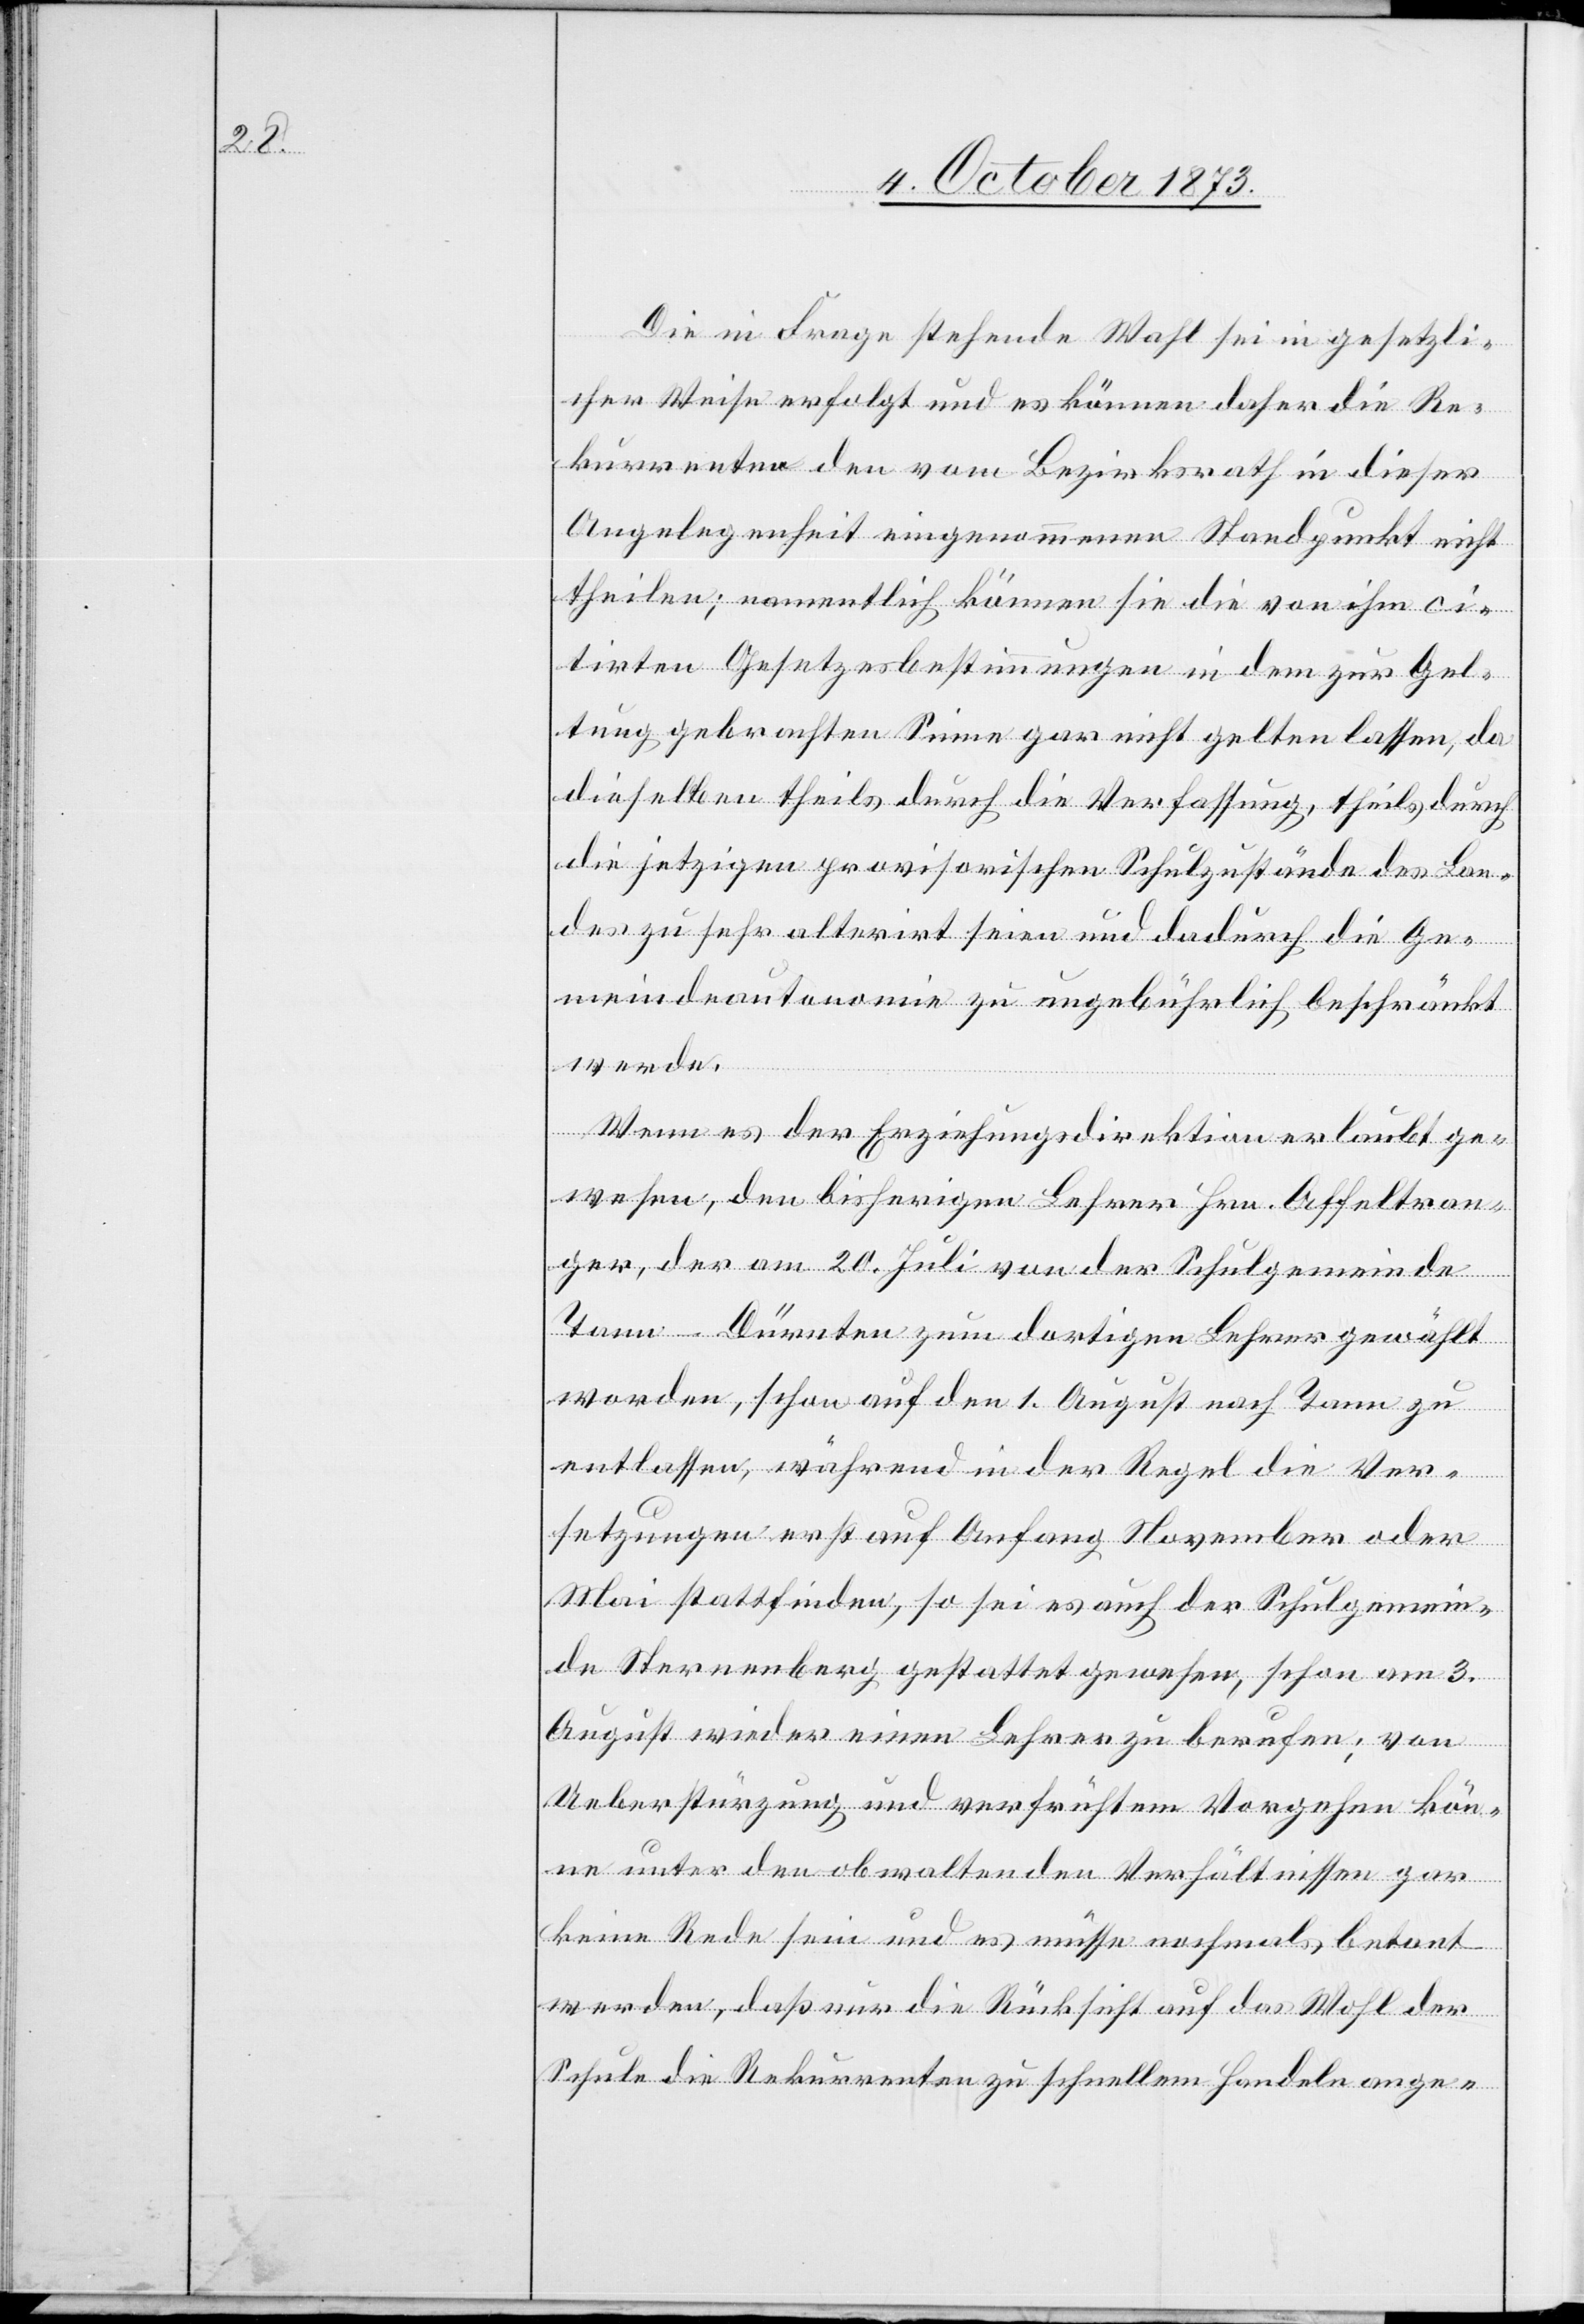
Die in Frage stehende Wahl sei in gesetzli¬
cher Weise erfolgt und es können daher die Re¬
kurrenten den vom Bezirksrath in dieser
Angelegenheit eingenommenen Standpunkt nicht
theilen; namentlich können sie die von ihm ci¬
tirten Gesetzesbestimmungen in dem zur Gel¬
tung gebrachten Sinne gar nicht gelten lassen, da
dieselben theils durch die Verfassung, theils durch
die jetzigen provisorischen Schulzustände des Lan¬
des zu sehr alterirt seien und dadurch die Ge¬
meindeautonomie zu ungebührlich beschränkt
werde.
Wenn es der Erziehungsdirektion erlaubt ge¬
wesen, den bisherigen Lehrer Hrn. Affeltran¬
ger, der am 20. Juli von der Schulgemeinde
Tann - Dürnten zum dortigen Lehrer gewählt
worden, schon auf den 1. August nach Tann zu
entlassen, während in der Regel die Ver¬
setzungen erst auf Anfang November oder
Mai stattfinden, so sei es auch der Schulgemein¬
de Sternenberg gestattet gewesen, schon am 3.
August wieder einen Lehrer zu berufen; von
Ueberstürzung und verfrühtem Vorgehen kön¬
ne unter den obwaltenden Verhältnissen gar
keine Rede sein und es müsse nochmals betont
werden, daß nur die Rücksicht auf das Wohl der
Schule die Rekurrenten zu schnellem Handeln ange-